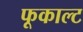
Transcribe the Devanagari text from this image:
फूकाल्ट